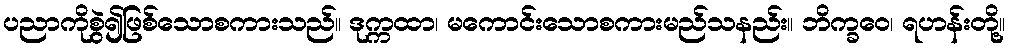
ပညာကိုစွဲ၍ဖြစ်သောစကားသည်။ ဒုက္ကထာ၊ မကောင်းသောစကားမည်သနည်း။ ဘိက္ခဝေ၊ ရဟန်းတို့။